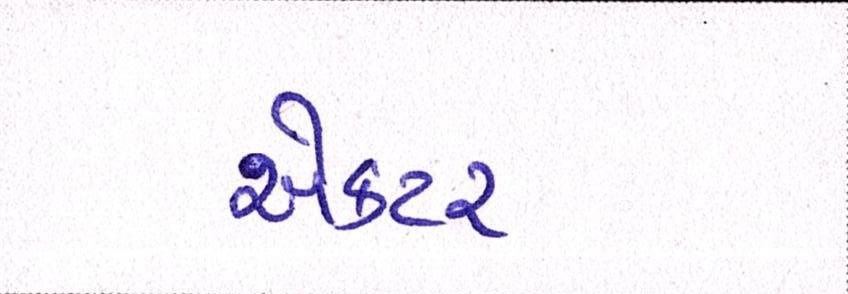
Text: ઍક્ટર